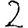
Digit: 2